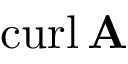
\mathrm { c u r l } \, \mathbf { A }